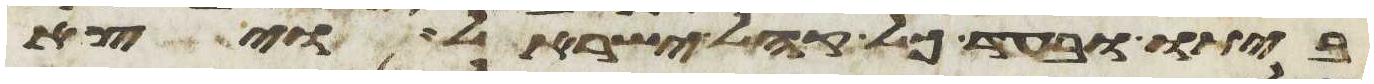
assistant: ביתו ובעד כל קהל ישראל ויצא